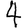
Digit: 4